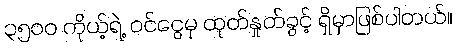
၃၅၀၀ ကိုယ့်ရဲ့ ဝင်ငွေမှ ထုတ်နှုတ်ခွင့် ရှိမှာဖြစ်ပါတယ်။